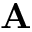
\mathbf { A }